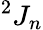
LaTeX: {}^{2}J_{n}